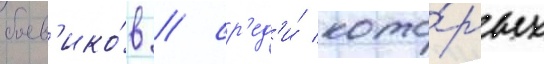
боев'ико́в / ср'ед'и́ кото́рых